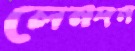
লেনদন